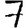
Digit: 7